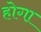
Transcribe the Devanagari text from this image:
होगा़